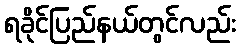
ရခိုင်ပြည်နယ်တွင်လည်း